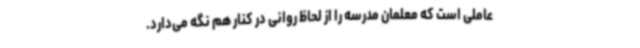
عاملی است که معلمان مدرسه را از لحاظ روانی در کنار هم نگه می‌دارد.